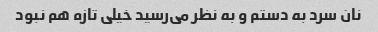
نان سرد به دستم و به نظر می‌رسید خیلی تازه هم نبود